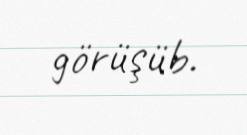
görüşüb.